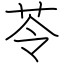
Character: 苓